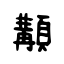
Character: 顜